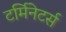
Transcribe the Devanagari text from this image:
टर्मिनेटर्स